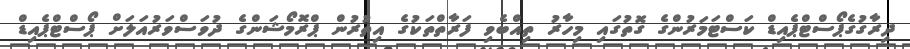
ދިރާގުގެޕޯސްޓްޕެއިޑް ކަސްޓަމަރުންގެ ގޮތުގައި މިހާރު ތިއްބެވި ފަރާތްތަކުގެ އިތުރުން ޕްރޮމޯޝަންގެ ދުވަސްވަރުއަލަށް ޕޯސްޓްޕެއިޑް